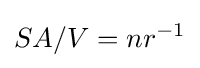
SA/V=nr^{-1}